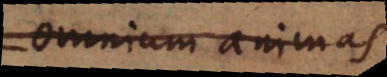
omnium animas